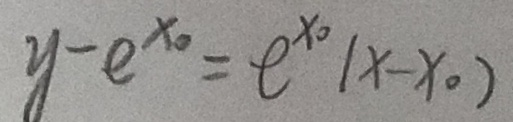
y - e ^ { x _ { 0 } } = e ^ { x o } ( x - x _ { 0 } )